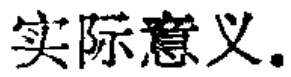
实际意义。